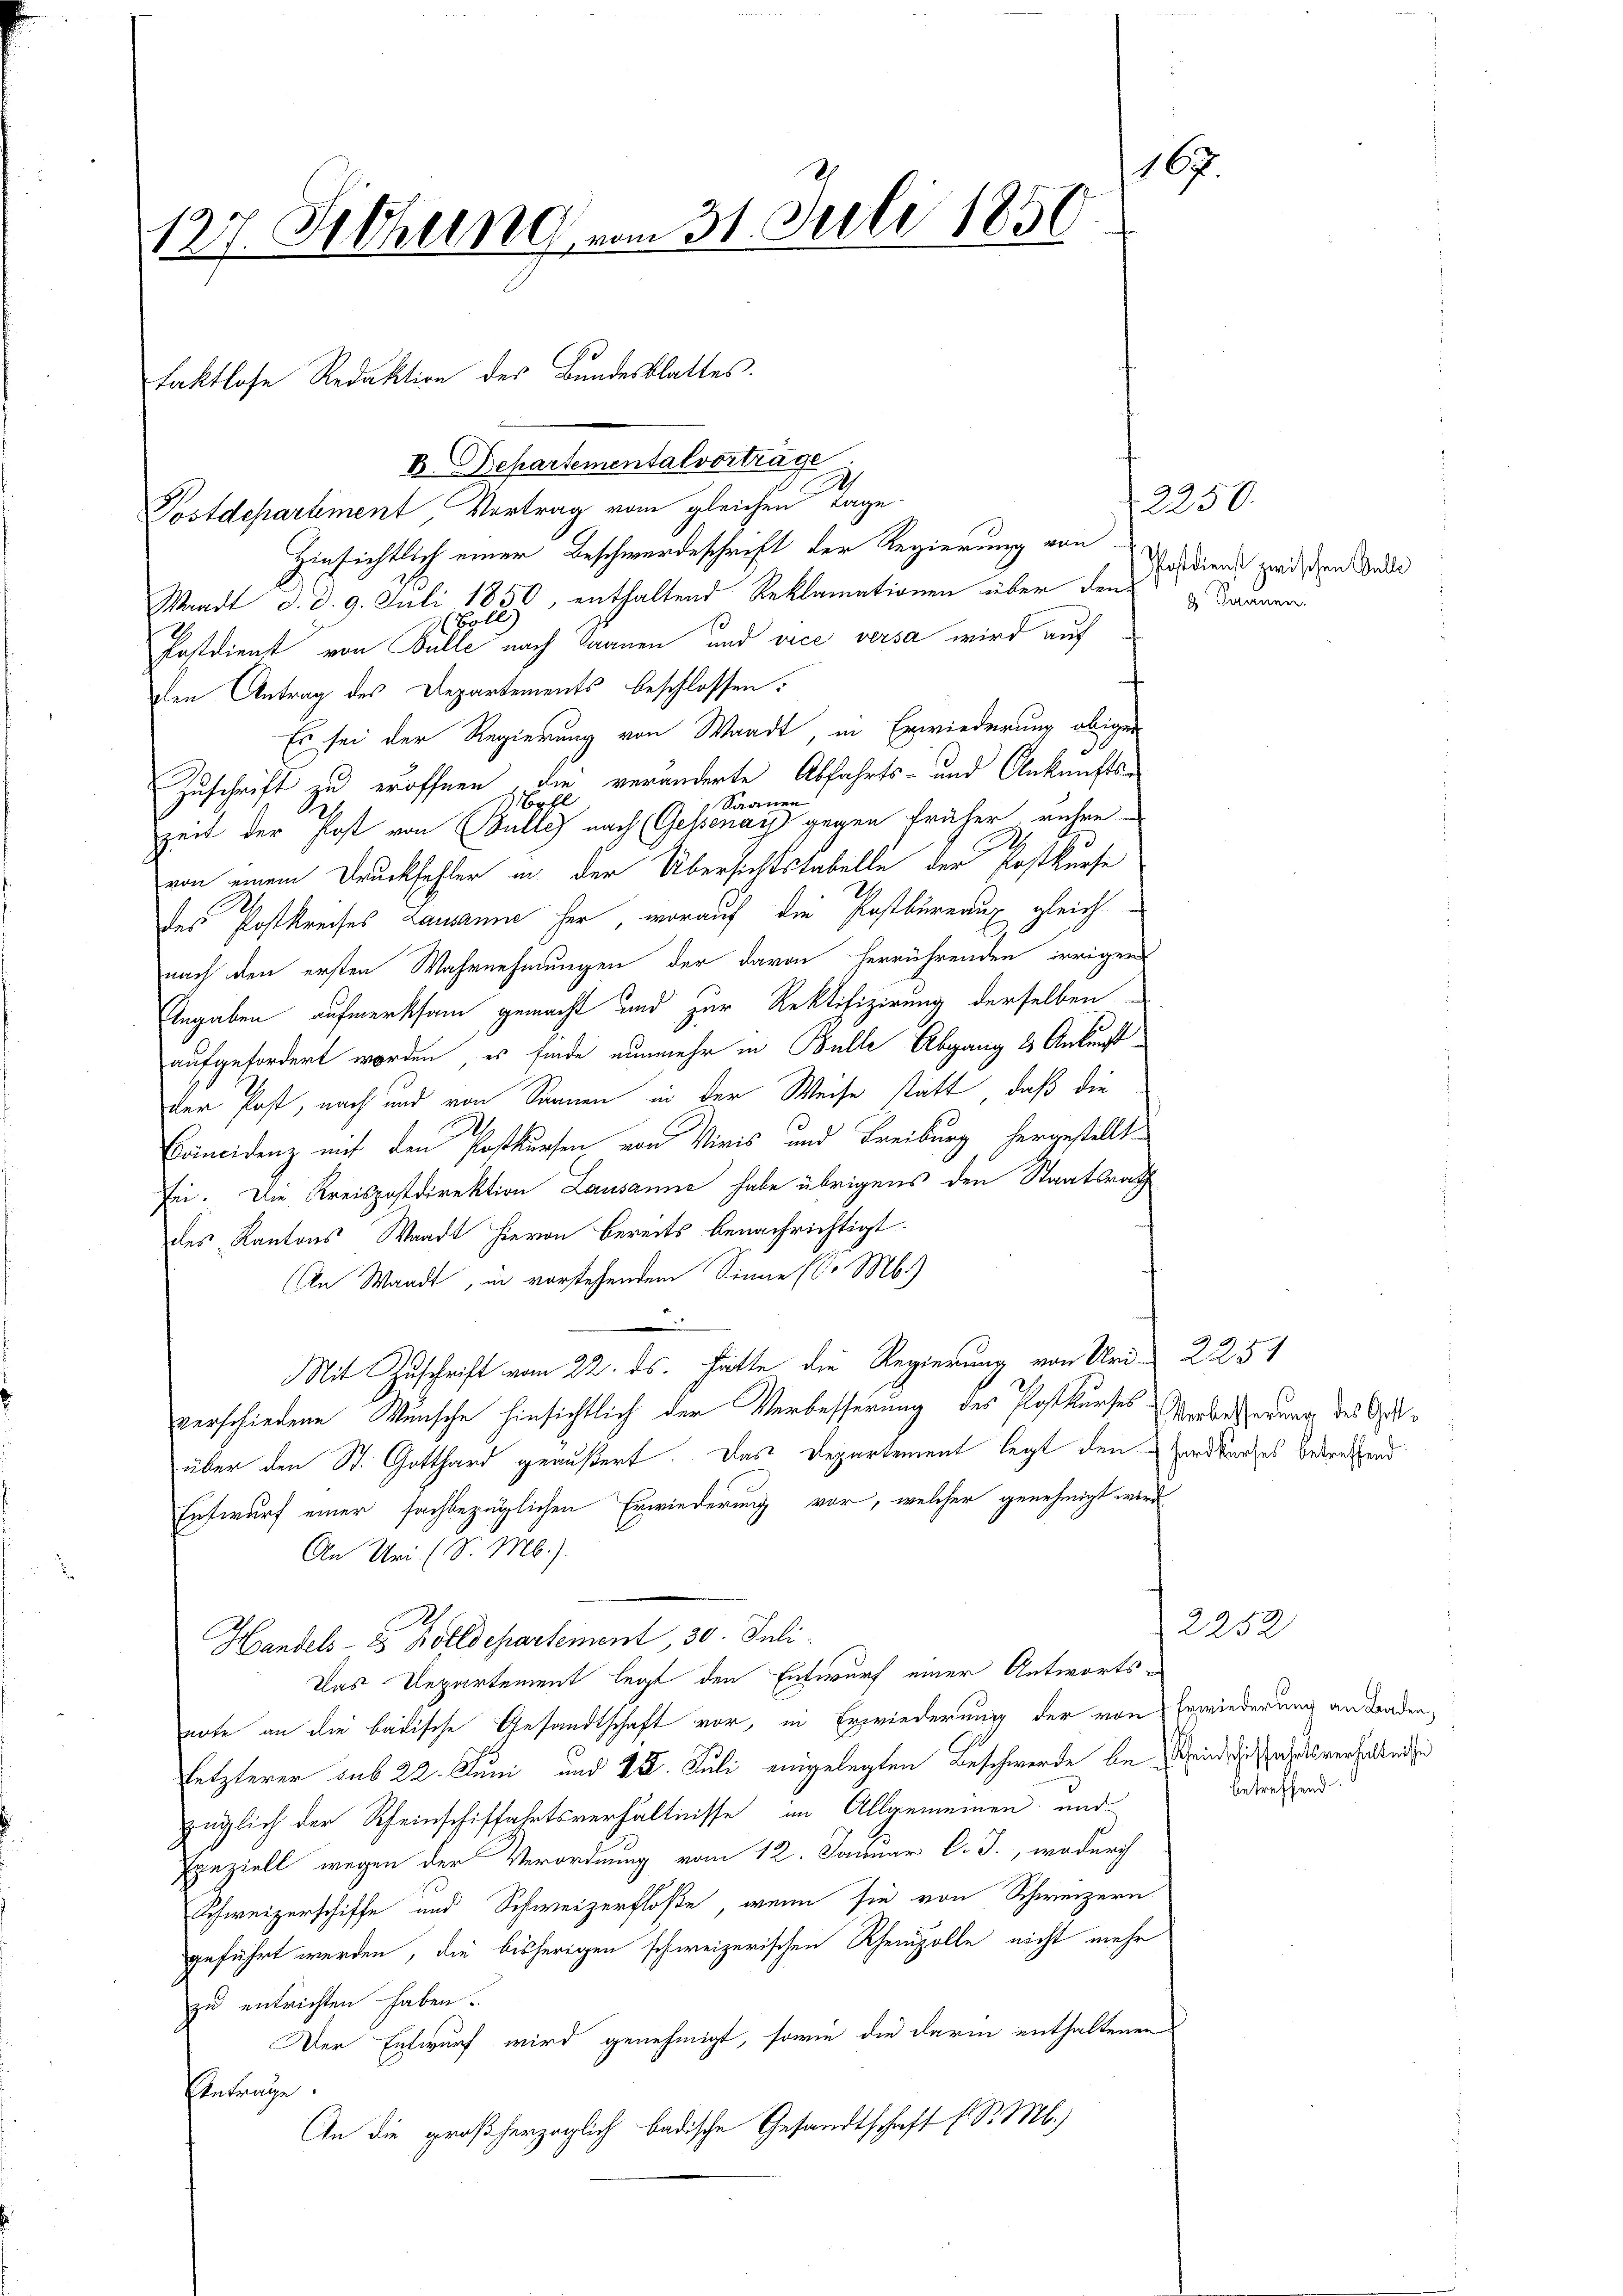
167.
127. Jthung vom 31. Juli 1850

B. Departementalvorträge
A

faktlose Redaktion des Bundesblattes.

Postdepartiment Vortrag vom gleichen Tage
Hinsichtlich einer Beschwerdeschrift der Regierung von
Waadt d. d. 9. Juli 1850, enthaltend Reklamationen über den
 Boll
Postdienst von Bulle nach Baanen und vice versa wird auf
den Antrag des Departements beschlossen:
Es sei der Regierung von Waadt, in Erwiederung obigen
Zuschrift zu eröffnen, die veränderte Abfahrts- und Ankunfts-
ahl
Zeit der Post von Bulle nach (Gessenen an eine gegen früher rühre
von einem Druckfehler in der Übersichtstabelle der Kostkurse
des Postkreises Lausanne her, worauf die Pastbureaux gleich
nach den ersten Wahrnehmungen der davon herrührenden irrigen
Angaben aufmerksam gemacht und zur Rektifizirung derselben
aufgefordert worden, es finde nunmehr in Bulle Abgang & Ankunft
der Post, nach und von Sonnen in der Weise statt, daß die
Erincidenz mit den Postkursen von Minis und Freiburg hergestellte
sei. Die Kreispostdirektion Lausanne habe übrigens den Staatsrath
des Kantons Waadt hievon bereits benachrichtigt.
An Waadt, in vorstehendem Sinne (So Mb.)
Mit Zuschrift vom 22. ds. Hätte die Regierung von Uri 2254
verschiedene Wunsche hinsichtlich der Verbesserung des Postkurses Verbesserung des Gutüber den St. Gotthard geäußert. Das Departement legt den Handkurzes betreffend
Entwurf einer fachbezüglichen Erwiederung vor, welcher genehmigt wird
An Uri (S. M.).
Handels- u Bolldepartement, 30. Juli.
Das Departement legt den Entwurf einer Antworts
note an die badische Gesandtschaft vor, in Erwiederung der von Erwiederung an Badenletzterer sub 22. Juni und 12. Juli eingelegten Beschwerde beeinde ich als verhaltende
züglich der Rheinschiffahrtsverhältnisse im Allgemeinen und
peziell wegen der Verordnung vom 12. Januar l. J., wodurch
Schweizerschiffe und Schweizerfloße, wenn sie von Schweizern
geführt werden, die bisherigen schweizerischen Rheinzolle nicht mehr
zu entrichten haben.
Der Entwurf wird genehmigt, sowie die darin enthaltenen
Antrage.
An die großherzoglich badische Gesandtschaft s. S. M.)

2250.
Postdienst zwischen Gelle
 Saanen.

2252

betreffend.